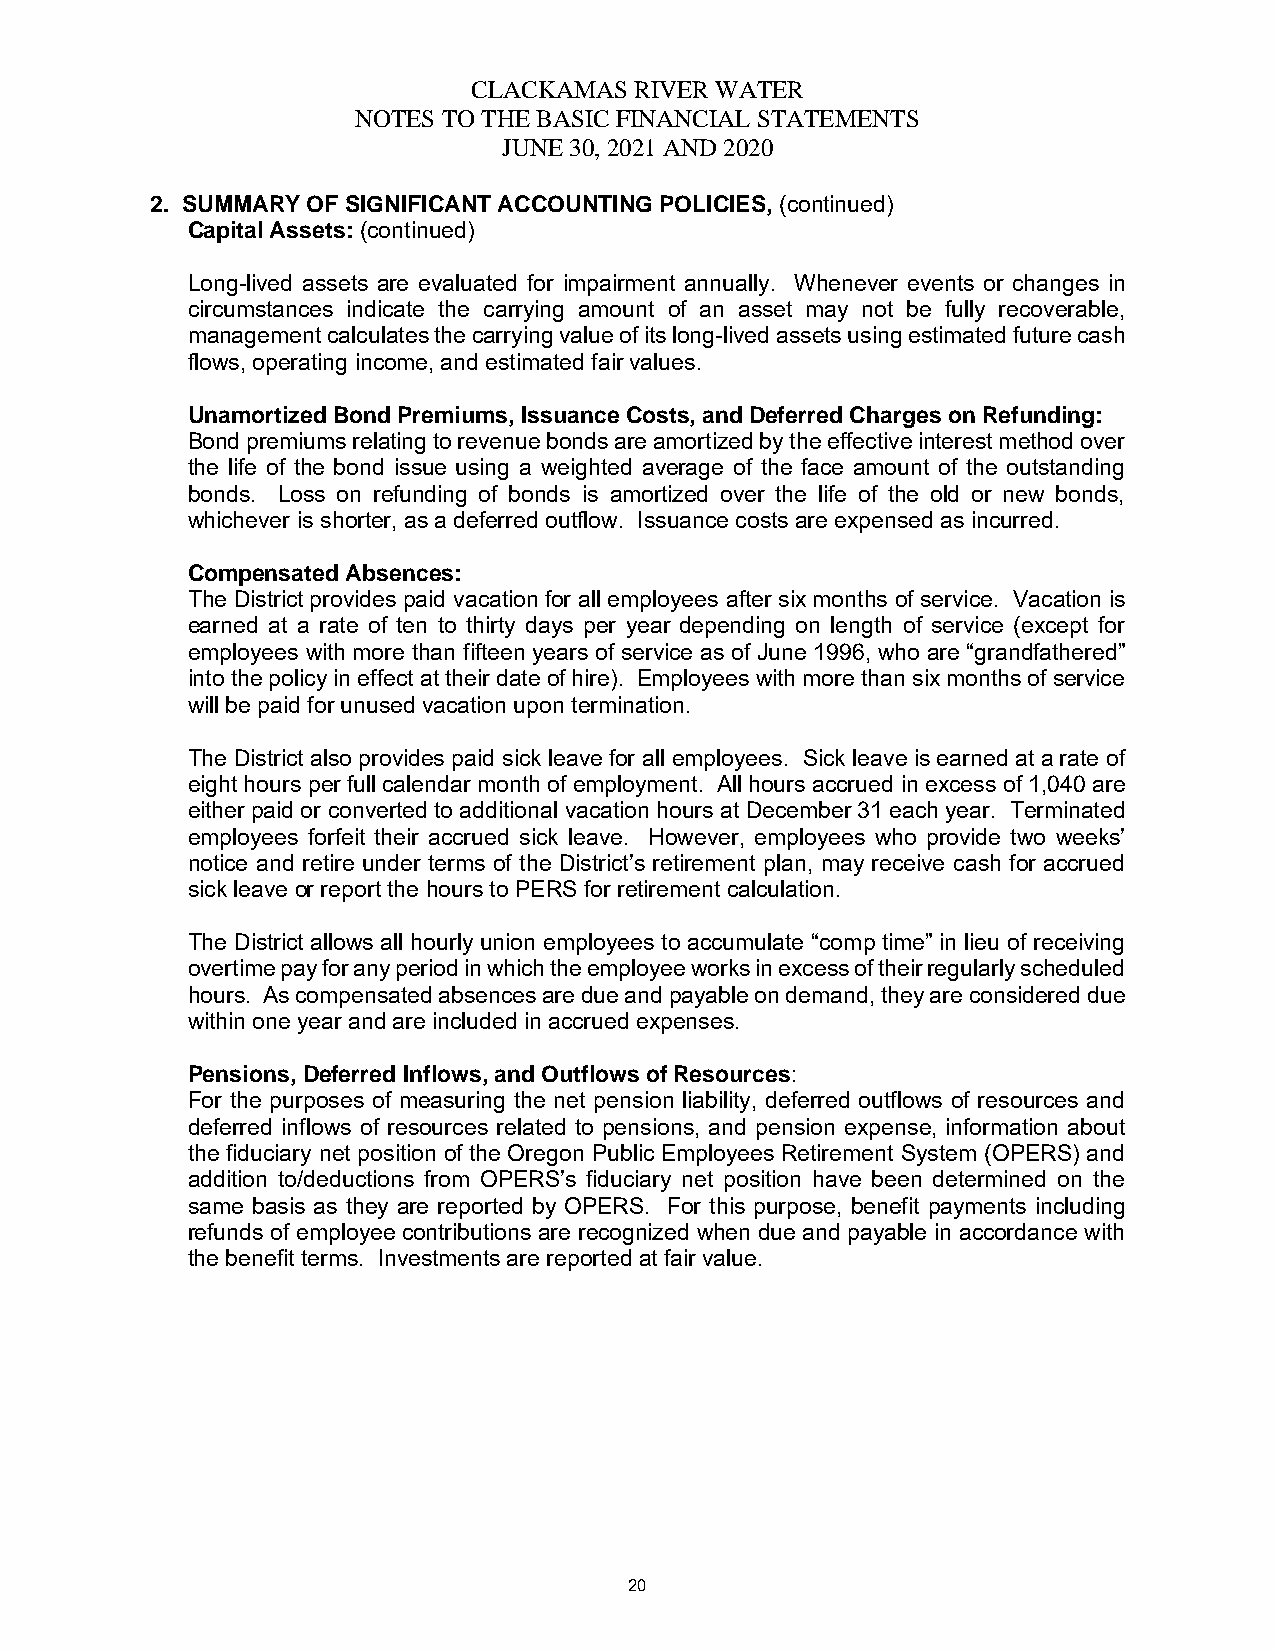
CLACKAMAS  RIVER WATER
 NOTES TO THE BASIC FINANCIAL STATEMENTS
 JUNE 30, 2021 AND 2020
 2. SUMMARY OF SIGNIFICANT ACCOUNTING POLICIES, (continued)
 Capital Assets: (continued)
 Long-lived assets are evaluated for impairment annually. Whenever events or changes in
 circumstances indicate the carrying amount of an asset may not be fully recoverable,
 management calculates the carrying value of its long-lived assets using estimated future cash
 flows, operating income, and estimated fair values.
 Unamortized Bond Premiums, Issuance Costs, and Deferred Charges on Refunding:
 Bond premiums relating to revenue bonds are amortized by the effective interest method over
 the life of the bond issue using a weighted average of the face amount of the outstanding
 bonds. Loss on refunding of bonds is amortized over the life of the old or new bonds,
 whichever is shorter, as a deferred outflow. Issuance costs are expensed as incurred.
 Compensated Absences:
 The District provides paid vacation for all employees after six months of service. Vacation is
 earned at a rate of ten to thirty days per year depending on length of service (except for
 employees with more than fifteen years of service as of June 1996, who are “grandfathered”
 into the policy in effect at their date of hire). Employees with more than six months of service
 will be paid for unused vacation upon termination.
 The District also provides paid sick leave for all employees. Sick leave is earned at a rate of
 eight hours per full calendar month of employment. All hours accrued in excess of 1,040 are
 either paid or converted to additional vacation hours at December 31 each year. Terminated
 employees forfeit their accrued sick leave. However, employees who provide two weeks’
 notice and retire under terms of the District’s retirement plan, may receive cash for accrued
 sick leave or report the hours to PERS for retirement calculation.
 The District allows all hourly union employees to accumulate “comp time” in lieu of receiving
 overtime pay for any period in which the employee works in excess of their regularly scheduled
 hours. As compensated absences are due and payable on demand, they are considered due
 within one year and are included in accrued expenses.
 Pensions, Deferred Inflows, and Outflows of Resources:
 For the purposes of measuring the net pension liability, deferred outflows of resources and
 deferred inflows of resources related to pensions, and pension expense, information about
 the fiduciary net position of the Oregon Public Employees Retirement System (OPERS) and
 addition to/deductions from OPERS’s fiduciary net position have been determined on the
 same basis as they are reported by OPERS. For this purpose, benefit payments including
 refunds of employee contributions are recognized when due and payable in accordance with
 the benefit terms. Investments are reported at fair value.
 20